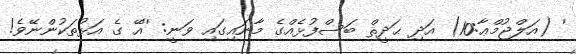
' (އަލްޖުމްޢާ:10) އަދި ޙަދީޘް ބަސްފުޅެއްގެ މާނައިގައި ވަނީ: ''އޭ ގެ އަޅުތަކުންނޭވެ!